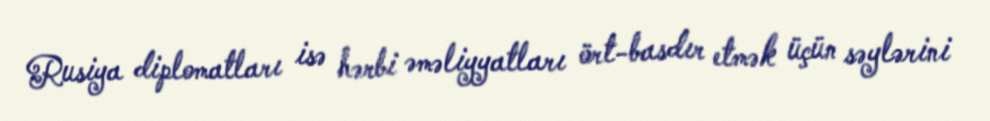
Rusiya diplomatları isə hərbi əməliyyatları ört-basdır etmək üçün səylərini